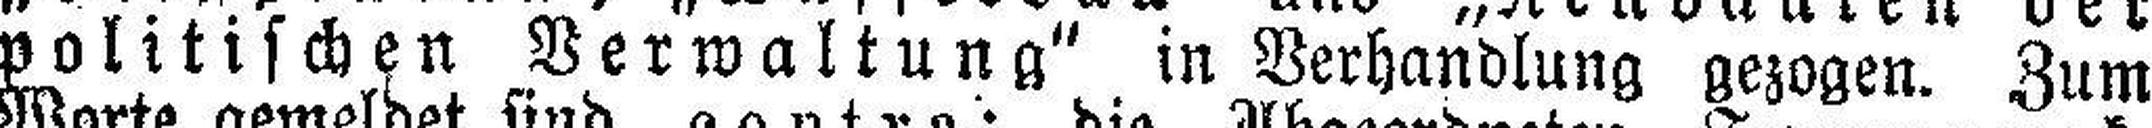
politischen Verwaltung" in Verhandlung gezogen. Zum